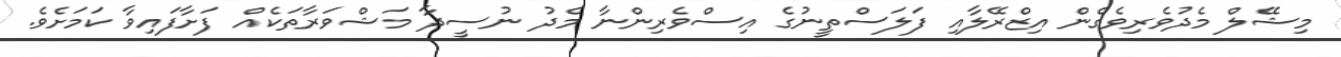
މިޝޭލް މެދުވެރިވެގެން އިޒްރޭލާއި ފަލަސްތީނުގެ އިސްވެރިންނާ މެދު ނުސީދާ މަޝްވަރާތަކެއް ފަށާފައިވާ ކަމަށެވެ.